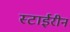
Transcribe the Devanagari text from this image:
स्टाईरीन